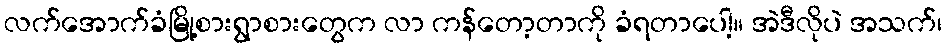
လက်အောက်ခံမြို့စားရွာစားတွေက လာ ကန်တော့တာကို ခံရတာပေါ့။ အဲဒီလိုပဲ အသက်၊